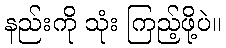
နည်းကို သုံး ကြည့်ဖို့ပဲ။